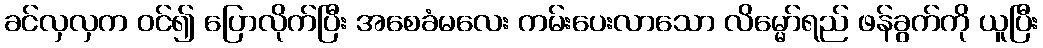
ခင်လှလှက ဝင်၍ ပြောလိုက်ပြီး အစေခံမလေး ကမ်းပေးလာသော လိမ္မော်ရည် ဖန်ခွက်ကို ယူပြီး